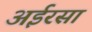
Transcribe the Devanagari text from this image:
अईरसा